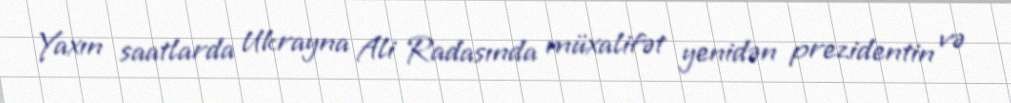
Yaxın saatlarda Ukrayna Ali Radasında müxalifət yenidən prezidentin və